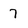
Character: 7